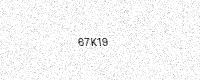
Text: 67K19